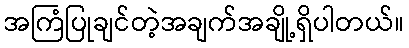
အကြံပြုချင်တဲ့အချက်အချို့ရှိပါတယ်။